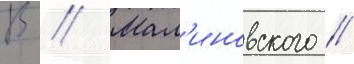
В // Мал'иновского /